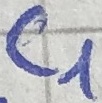
Text: C1